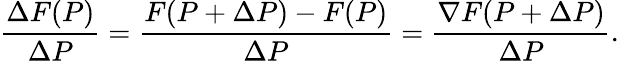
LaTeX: {\frac{\Delta F(P)}{\Delta P}}={\frac{F(P+\Delta P)-F(P)}{\Delta P}}={\frac{\nabla F(P+\Delta P)}{\Delta P}}.\,